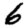
Digit: 6